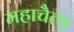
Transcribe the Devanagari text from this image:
महाचैत्य